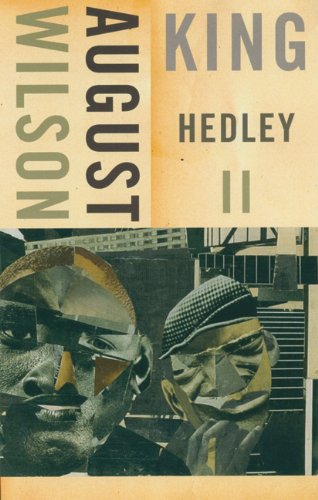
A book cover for King Hedley II; August Wilson; Literature & Fiction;